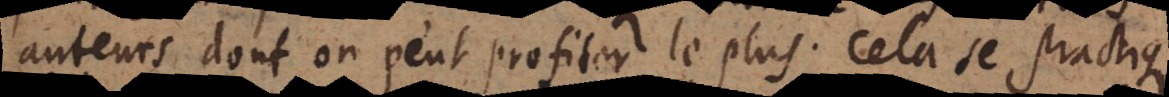
auteurs dont on peut profiter le plus. Cela se practique